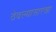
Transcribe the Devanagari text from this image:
ठेवल्यासारखा